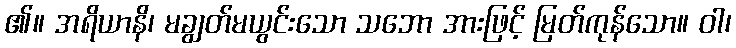
၏။ အရိယာနိ၊ မချွတ်မယွင်းသော သဘော အားဖြင့် မြတ်ကုန်သော။ ဝါ၊